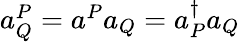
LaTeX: \begin{array}{r}{a_{Q}^{P}=a^{P}a_{Q}=a_{P}^{\dagger}a_{Q}}\end{array}